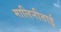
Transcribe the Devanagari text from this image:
मालिनीताई